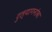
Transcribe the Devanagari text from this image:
टुल्यागनोवा